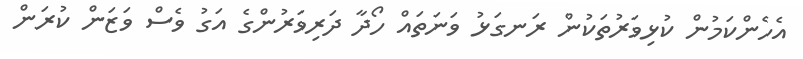
އެހެންކަމުން ކުޅިވަރުތަކުން ރަނގަޅު ވަނަތައް ހޯދާ ދަރިވަރުންގެ އަގު ވެސް ވަޒަން ކުރަން